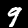
Digit: 9